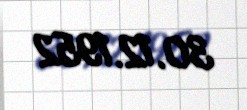
30.12.1952